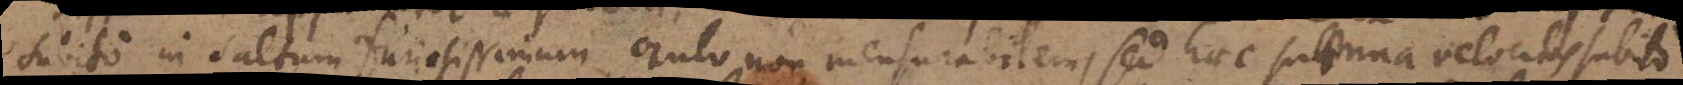
subito in saltum furiosissimum oculo non mensurabilem, sed haec summa velocitas subito